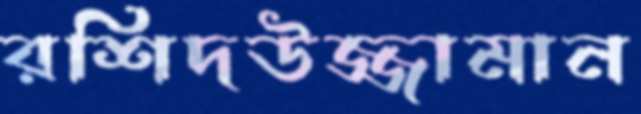
রশিদউজ্জামান